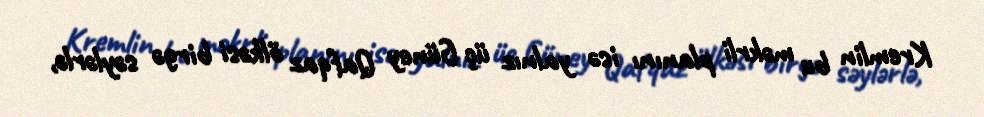
Kremlin bu məkrli planını isə yalnız üç Güney Qafqaz ölkəsi birgə səylərlə,